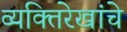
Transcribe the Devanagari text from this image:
व्यक्तिरेखांचे